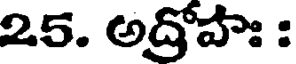
25. అద్రోపాః :